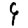
Digit: 9